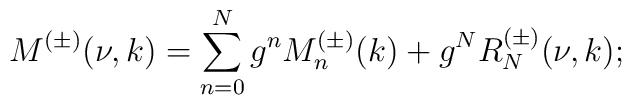
M^{(\pm)}(\nu,k)=\sum_{n=0}^{N}g^nM_n^{(\pm)}(k)+g^NR_N^{(\pm)}(\nu,k);